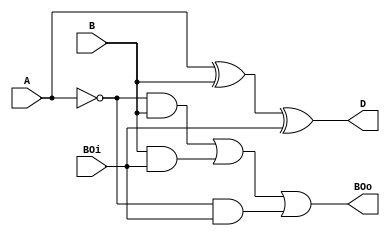
// Copyright (C) 1991-2013 Altera Corporation
// Your use of Altera Corporation's design tools, logic functions 
// and other software and tools, and its AMPP partner logic 
// functions, and any output files from any of the foregoing 
// (including device programming or simulation files), and any 
// associated documentation or information are expressly subject 
// to the terms and conditions of the Altera Program License 
// Subscription Agreement, Altera MegaCore Function License 
// Agreement, or other applicable license agreement, including, 
// without limitation, that your use is for the sole purpose of 
// programming logic devices manufactured by Altera and sold by 
// Altera or its authorized distributors.  Please refer to the 
// applicable agreement for further details.

// PROGRAM		"Quartus II 64-Bit"
// VERSION		"Version 13.1.0 Build 162 10/23/2013 SJ Web Edition"
// CREATED		"Mon Nov 06 00:22:01 2023"

module FullSubtractor1(
	A,
	B,
	BOi,
	D,
	BOo
);


input wire	A;
input wire	B;
input wire	BOi;
output wire	D;
output wire	BOo;

wire	SYNTHESIZED_WIRE_6;
wire	SYNTHESIZED_WIRE_2;
wire	SYNTHESIZED_WIRE_3;
wire	SYNTHESIZED_WIRE_4;
wire	SYNTHESIZED_WIRE_5;




assign	SYNTHESIZED_WIRE_6 =  ~A;

assign	SYNTHESIZED_WIRE_5 = SYNTHESIZED_WIRE_6 & BOi;

assign	SYNTHESIZED_WIRE_3 = SYNTHESIZED_WIRE_6 & B;

assign	SYNTHESIZED_WIRE_4 = B & BOi;

assign	SYNTHESIZED_WIRE_2 = A ^ B;

assign	D = SYNTHESIZED_WIRE_2 ^ BOi;

assign	BOo = SYNTHESIZED_WIRE_3 | SYNTHESIZED_WIRE_4 | SYNTHESIZED_WIRE_5;


endmodule